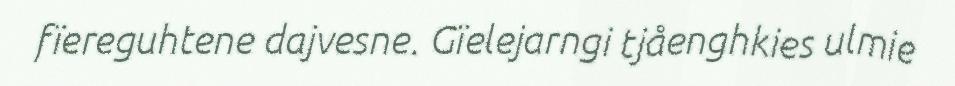
fïereguhtene dajvesne. Gïelejarngi tjåenghkies ulmie